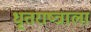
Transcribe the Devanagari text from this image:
धृतराष्त्राला